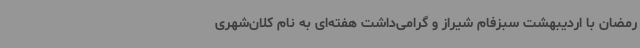
رمضان با اردیبهشت سبزفام شیراز و گرامی‌داشت هفته‌ای به نام کلان‌شهری